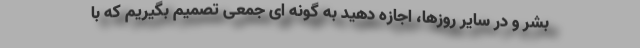
بشر و در سایر روزها، اجازه دهید به گونه ای جمعی تصمیم بگیریم که با